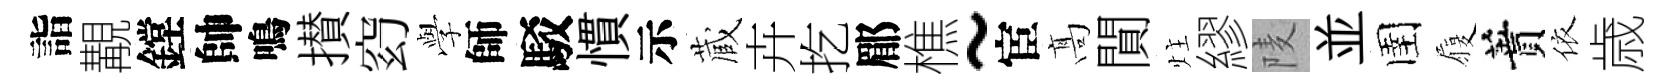
詣覯鏜帥鳴攅𥥆𫝯師駁慣示蔵卉扢郿樵~宦髙閴炷繆𨹧並圉履蕡依歳